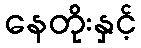
နေတိုးနှင့်